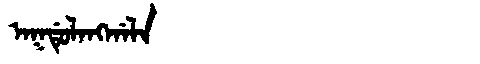
Manchu: ᠠᡴᡩᡠᠯᠠᠩᡤᠠᠯᠠ
Romanization: AKDULANGGALA